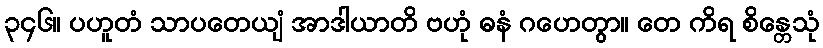
၃၄၆။ ပဟူတံ သာပတေယျံ အာဒါယာတိ ဗဟုံ ဓနံ ဂဟေတွာ။ တေ ကိရ စိန္တေသုံ